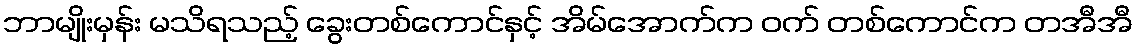
ဘာမျိုးမှန်း မသိရသည့် ခွေးတစ်ကောင်နှင့် အိမ်အောက်က ဝက် တစ်ကောင်က တအီအီ